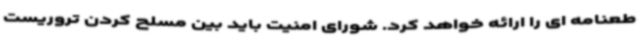
طعنامه ای را ارائه خواهد کرد. شورای امنیت باید بین مسلح کردن تروریست